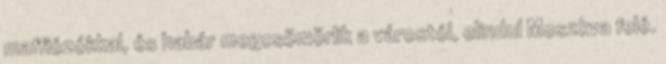
maffiózókkal, és habár megcsömörlik a várostól, elindul Moszkva felé.